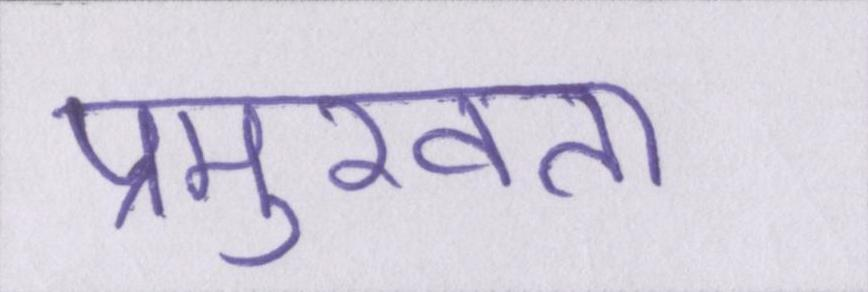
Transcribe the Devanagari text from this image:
प्रमुखता